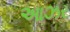
આઝર